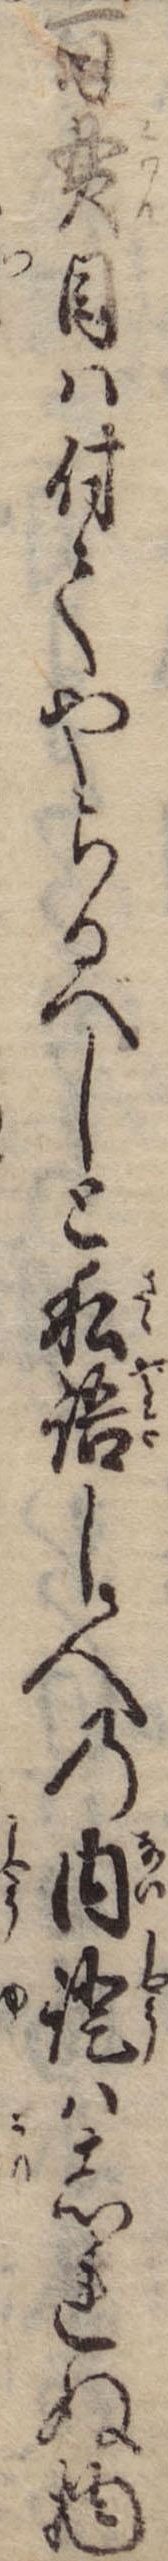
百貫目は付てやらるべしと私語し人の内証はしれぬ物